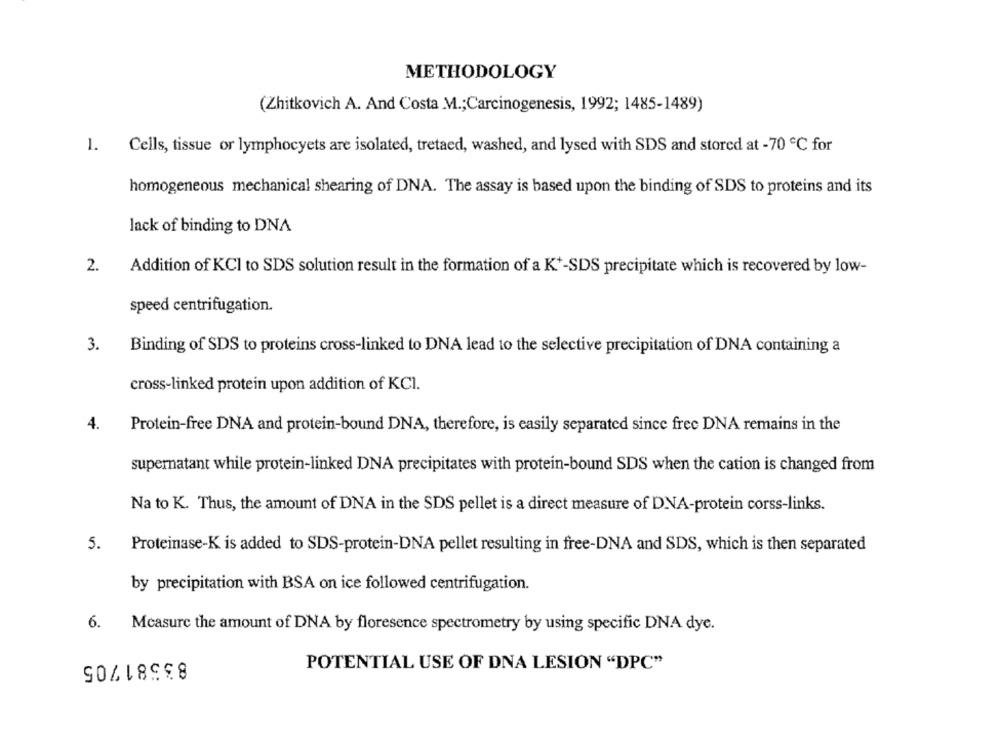
METHODOLOGY
(Zhitkovich A. And Costa .M .; Carcinogenesis, 1992; 1485-1489)
1.
Cells, tissue or lymphocyets are isolated, tretaed, washed, and lysed with SDS and stored at -70 ℃ for
homogeneous mechanical shearing of DNA. The assay is based upon the binding of SDS to proteins and its
lack of binding to DNA
2.
Addition of KCI to SDS solution result in the formation of a K+-SDS precipitate which is recovered by low-
speed centrifugation.
3.
Binding of SDS to proteins cross-linked to DNA lead to the selective precipitation of DNA containing a
cross-linked protein upon addition of KCI.
4.
Protein-free DNA and protein-bound DNA, therefore, is easily separated since frec DNA remains in the
supernatant while protein-linked DNA precipitates with protein-bound SDS when the cation is changed from
Na to K. Thus, the amount of DNA in the SDS pellet is a direct measure of DNA-protein corss-links.
5.
Proteinase-K is added to SDS-protein-DNA pellet resulting in free-DNA and SDS, which is then separated
by precipitation with BSA on ice followed centrifugation.
6.
Measure the amount of DNA by floresence spectrometry by using specific DNA dye.
83581705
POTENTIAL USE OF DNA LESION "DPC"